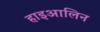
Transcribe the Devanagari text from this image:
हाइआलिन